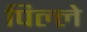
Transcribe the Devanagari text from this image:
पिल्‍ले